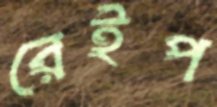
রেইপ